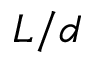
L / d